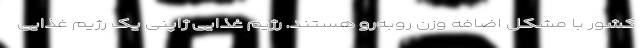
کشور با مشکل اضافه وزن روبه‌رو هستند. رژیم غذایی ژاپنی یک رژیم غذایی